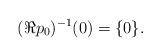
LaTeX: \begin{align*}(\Re p_0)^{-1}(0)=\{0\}. \end{align*}